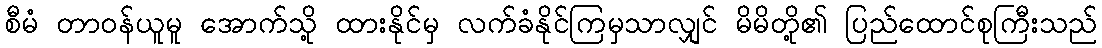
စီမံ တာဝန်ယူမူ အောက်သို့ ထားနိုင်မှ လက်ခံနိုင်ကြမှသာလျှင် မိမိတို့၏ ပြည်ထောင်စုကြီးသည်